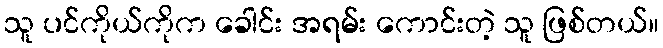
သူ ပင်ကိုယ်ကိုက ခေါင်း အရမ်း ကောင်းတဲ့ သူ ဖြစ်တယ်။